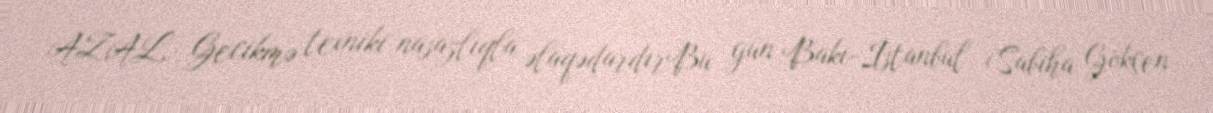
AZAL: Gecikmə texniki nasazlıqla əlaqədardırBu gün Bakı-İstanbul (Sabiha Gökçen